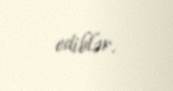
ediblər.